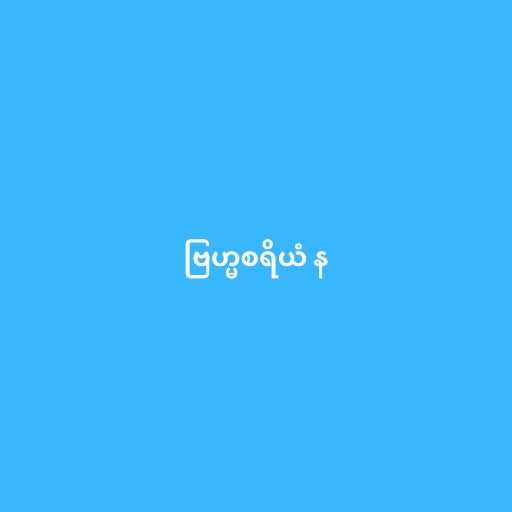
ဗြဟ္မစရိယံ န